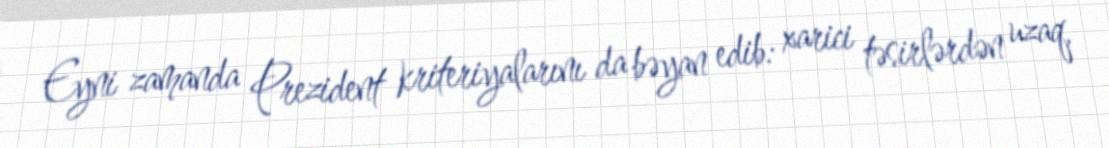
Eyni zamanda Prezident kriteriyalarını da bəyan edib: xarici təsirlərdən uzaq,